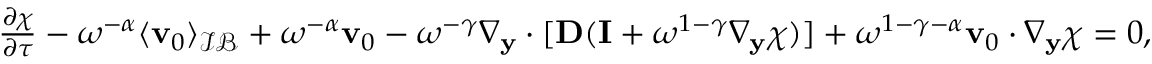
\begin{array} { r } { \frac { \partial \boldsymbol \chi } { \partial \tau } - \omega ^ { - \alpha } \langle \mathbf v _ { 0 } \rangle _ { \mathcal { I B } } + \omega ^ { - \alpha } \mathbf v _ { 0 } - \omega ^ { - \gamma } \nabla _ { \mathbf y } \cdot [ \mathbf D ( \mathbf I + \omega ^ { 1 - \gamma } \nabla _ { \mathbf y } \boldsymbol \chi ) ] + \omega ^ { 1 - \gamma - \alpha } \mathbf v _ { 0 } \cdot \nabla _ { \mathbf y } \boldsymbol \chi = 0 , } \end{array}